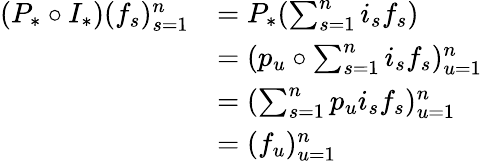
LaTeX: \begin{array}{rl}{(P_{*}\circ I_{*})(f_{s})_{s=1}^{n}}&{=P_{*}(\sum_{s=1}^{n}i_{s}f_{s})}\\ &{=(p_{u}\circ\sum_{s=1}^{n}i_{s}f_{s})_{u=1}^{n}}\\ &{=(\sum_{s=1}^{n}p_{u}i_{s}f_{s})_{u=1}^{n}}\\ &{=(f_{u})_{u=1}^{n}}\end{array}